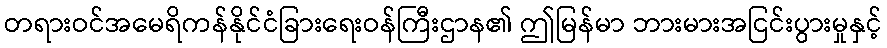
တရားဝင်အမေရိကန်နိုင်ငံခြားရေးဝန်ကြီးဌာန၏ ဤမြန်မာ ဘားမားအငြင်းပွားမှုနှင့်